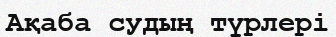
Ақаба судың түрлері